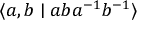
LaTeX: \langle a , b \mid a b a ^ { - 1 } b ^ { - 1 } \rangle